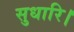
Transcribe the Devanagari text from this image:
सुधारि।